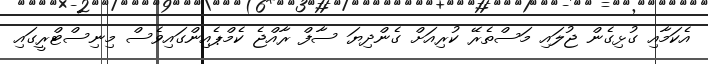
އެކަމާއި ގުޅިގެން ޖުލައި މަސްތެރޭ ކުރިއަށް ގެންދިޔަ ސާފް ރާއްޖެ ކެމްޕެއިންގައިވެސް މިނިސްޓްރީގައި